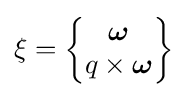
\xi ={\begin{Bmatrix}{\boldsymbol {\omega }}\\q\times {\boldsymbol {\omega }}\end{Bmatrix}}